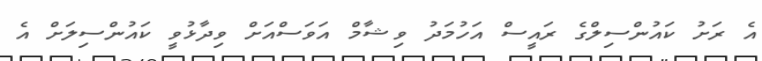
އެ ރަށު ކައުންސިލްގެ ރައީސް އަހުމަދު ވިޝާމް އަވަސްއަށް ވިދާޅުވީ ކައުންސިލަށް އެ